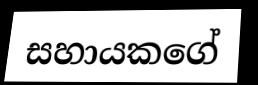
සහායකගේ